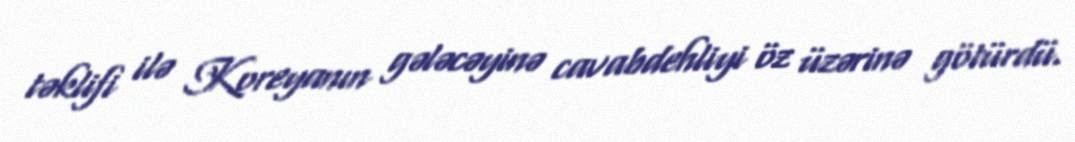
təklifi ilə Koreyanın gələcəyinə cavabdehliyi öz üzərinə götürdü.